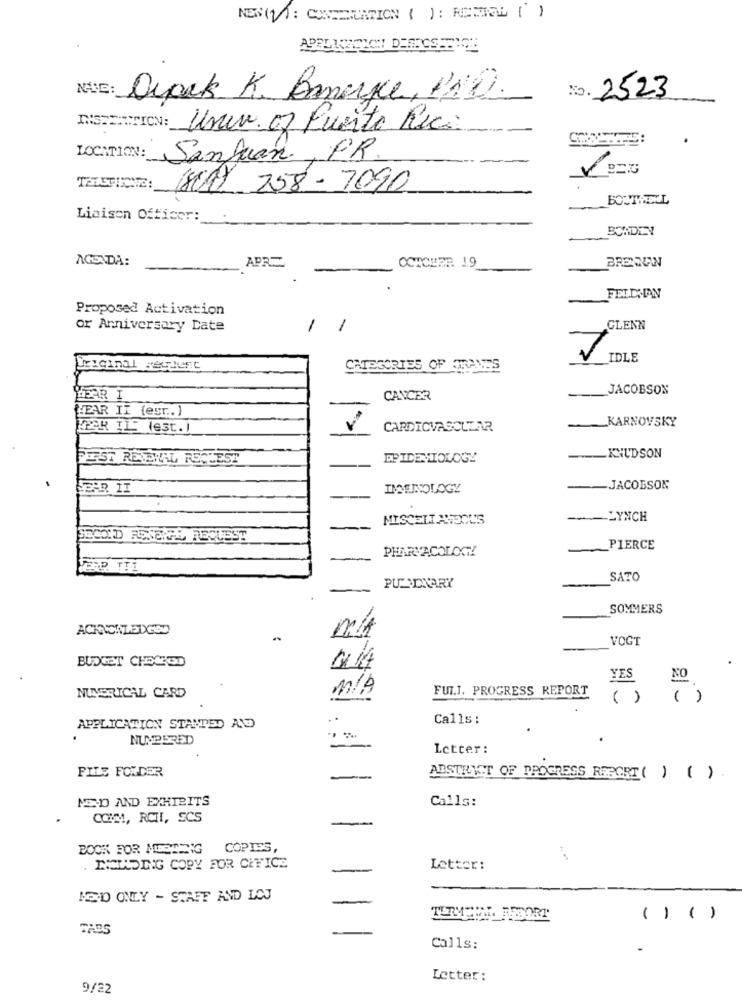
NEN (11: CONCERTATION ( ): RESTIAL ( )
NAVE:
No. 2523
Drack K. Banage, 140.
INSCRIPTION: Univ. of Puerto Ric:
LOCATION: Sanjuan, PR.
(81) 258 -7090
BOUTHELL
Liaison Officer:
OCTOBER 19
BRENNAN
AGENDA:
APR
FELDMAN
Proposed Activation
or Anniversary Date
1 1
GLENN
IDLE
CATEGORIES OF GRANTS
JACOBSON
YEAR I
CANCER
HEAR IT (est .. )
KARNOVSKY
WEAR ILE Jest.J
CARDIOVASCULAR
ERST RENEWAL REQUEST
EPIDEMIOLOGY
KNUDSON
INEINOLOGY
JACOBSON
MISCELL ASSOU'S
--- LYNCH
-
SECOND RENDITE REQUEST
PHARMACOLOGY
PIERCE
WERP. TTI
SATO
PU_SONARY
SOMMERS
ACKNOWLEDGED
VOGT
BUDGET CHECKED
YES
M/A
FULL. PROGRESS REPORT
NUMERICAL CARD
( )
()
..
Calls:
APPLICATION STANTED AND
--
NUMBERED
Letter:
FILE FOLDER
-
ADSTRICT OF PROGRESS REPORT( ) ( )
MED AND EXHIBITS
Calls:
COMM, RCHI, ECS
-
BOOK FOR MUSTENG
COPIES,
. INCLUDING COPY FOR CEFICE
Letter:
MED ONLY - STAFF AND LOJ
-
( ) ()
TABS
Calls:
Letter:
9/22